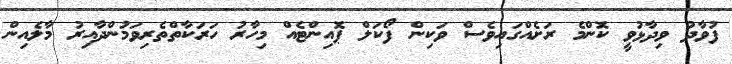
ފުވާދު ވިދާޅުވީ ކޮންމެ ރަށެއްގައިވެސް ވަކިން ފޯކަލް ޕޮއިންޓެއް މިހާރު ހަރަކާތްތެރިވަމުންދާއިރު މާލެއިން